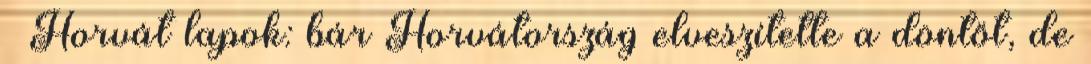
– Horvát lapok: bár Horvátország elveszítette a döntőt, de